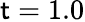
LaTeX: \mathsf{t}=1.0